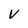
Character: V